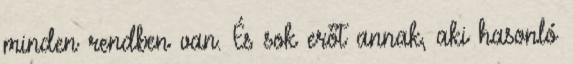
minden rendben van. És sok erőt annak, aki hasonló